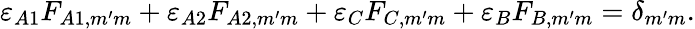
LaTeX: \varepsilon_{A1}F_{A1,m^{\prime}m}+\varepsilon_{A2}F_{A2,m^{\prime}m}+\varepsilon_{C}F_{C,m^{\prime}m}+\varepsilon_{B}F_{B,m^{\prime}m}=\delta_{m^{\prime}m}.